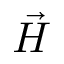
\vec { H }